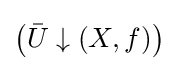
\left({\bar {U}}\downarrow (X,f)\right)